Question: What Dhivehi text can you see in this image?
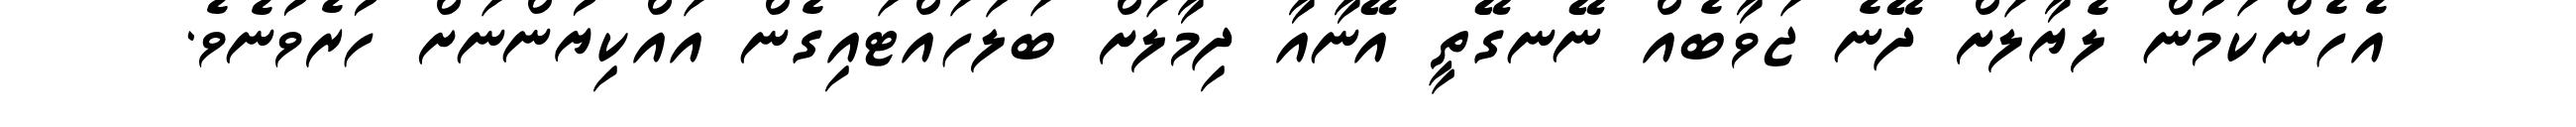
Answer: އެހެންކަމުން ލެޔާލަށް ދޭނެ ޖަވާބެއް ނޭނގޭތީ އޭނާއާ ދިމާލަށް ބަލަހައްޓައިގެން އައްކިޔުންނަށް ހުރެވުނެވެ.